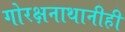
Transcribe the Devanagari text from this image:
गोरक्षनाथानीही